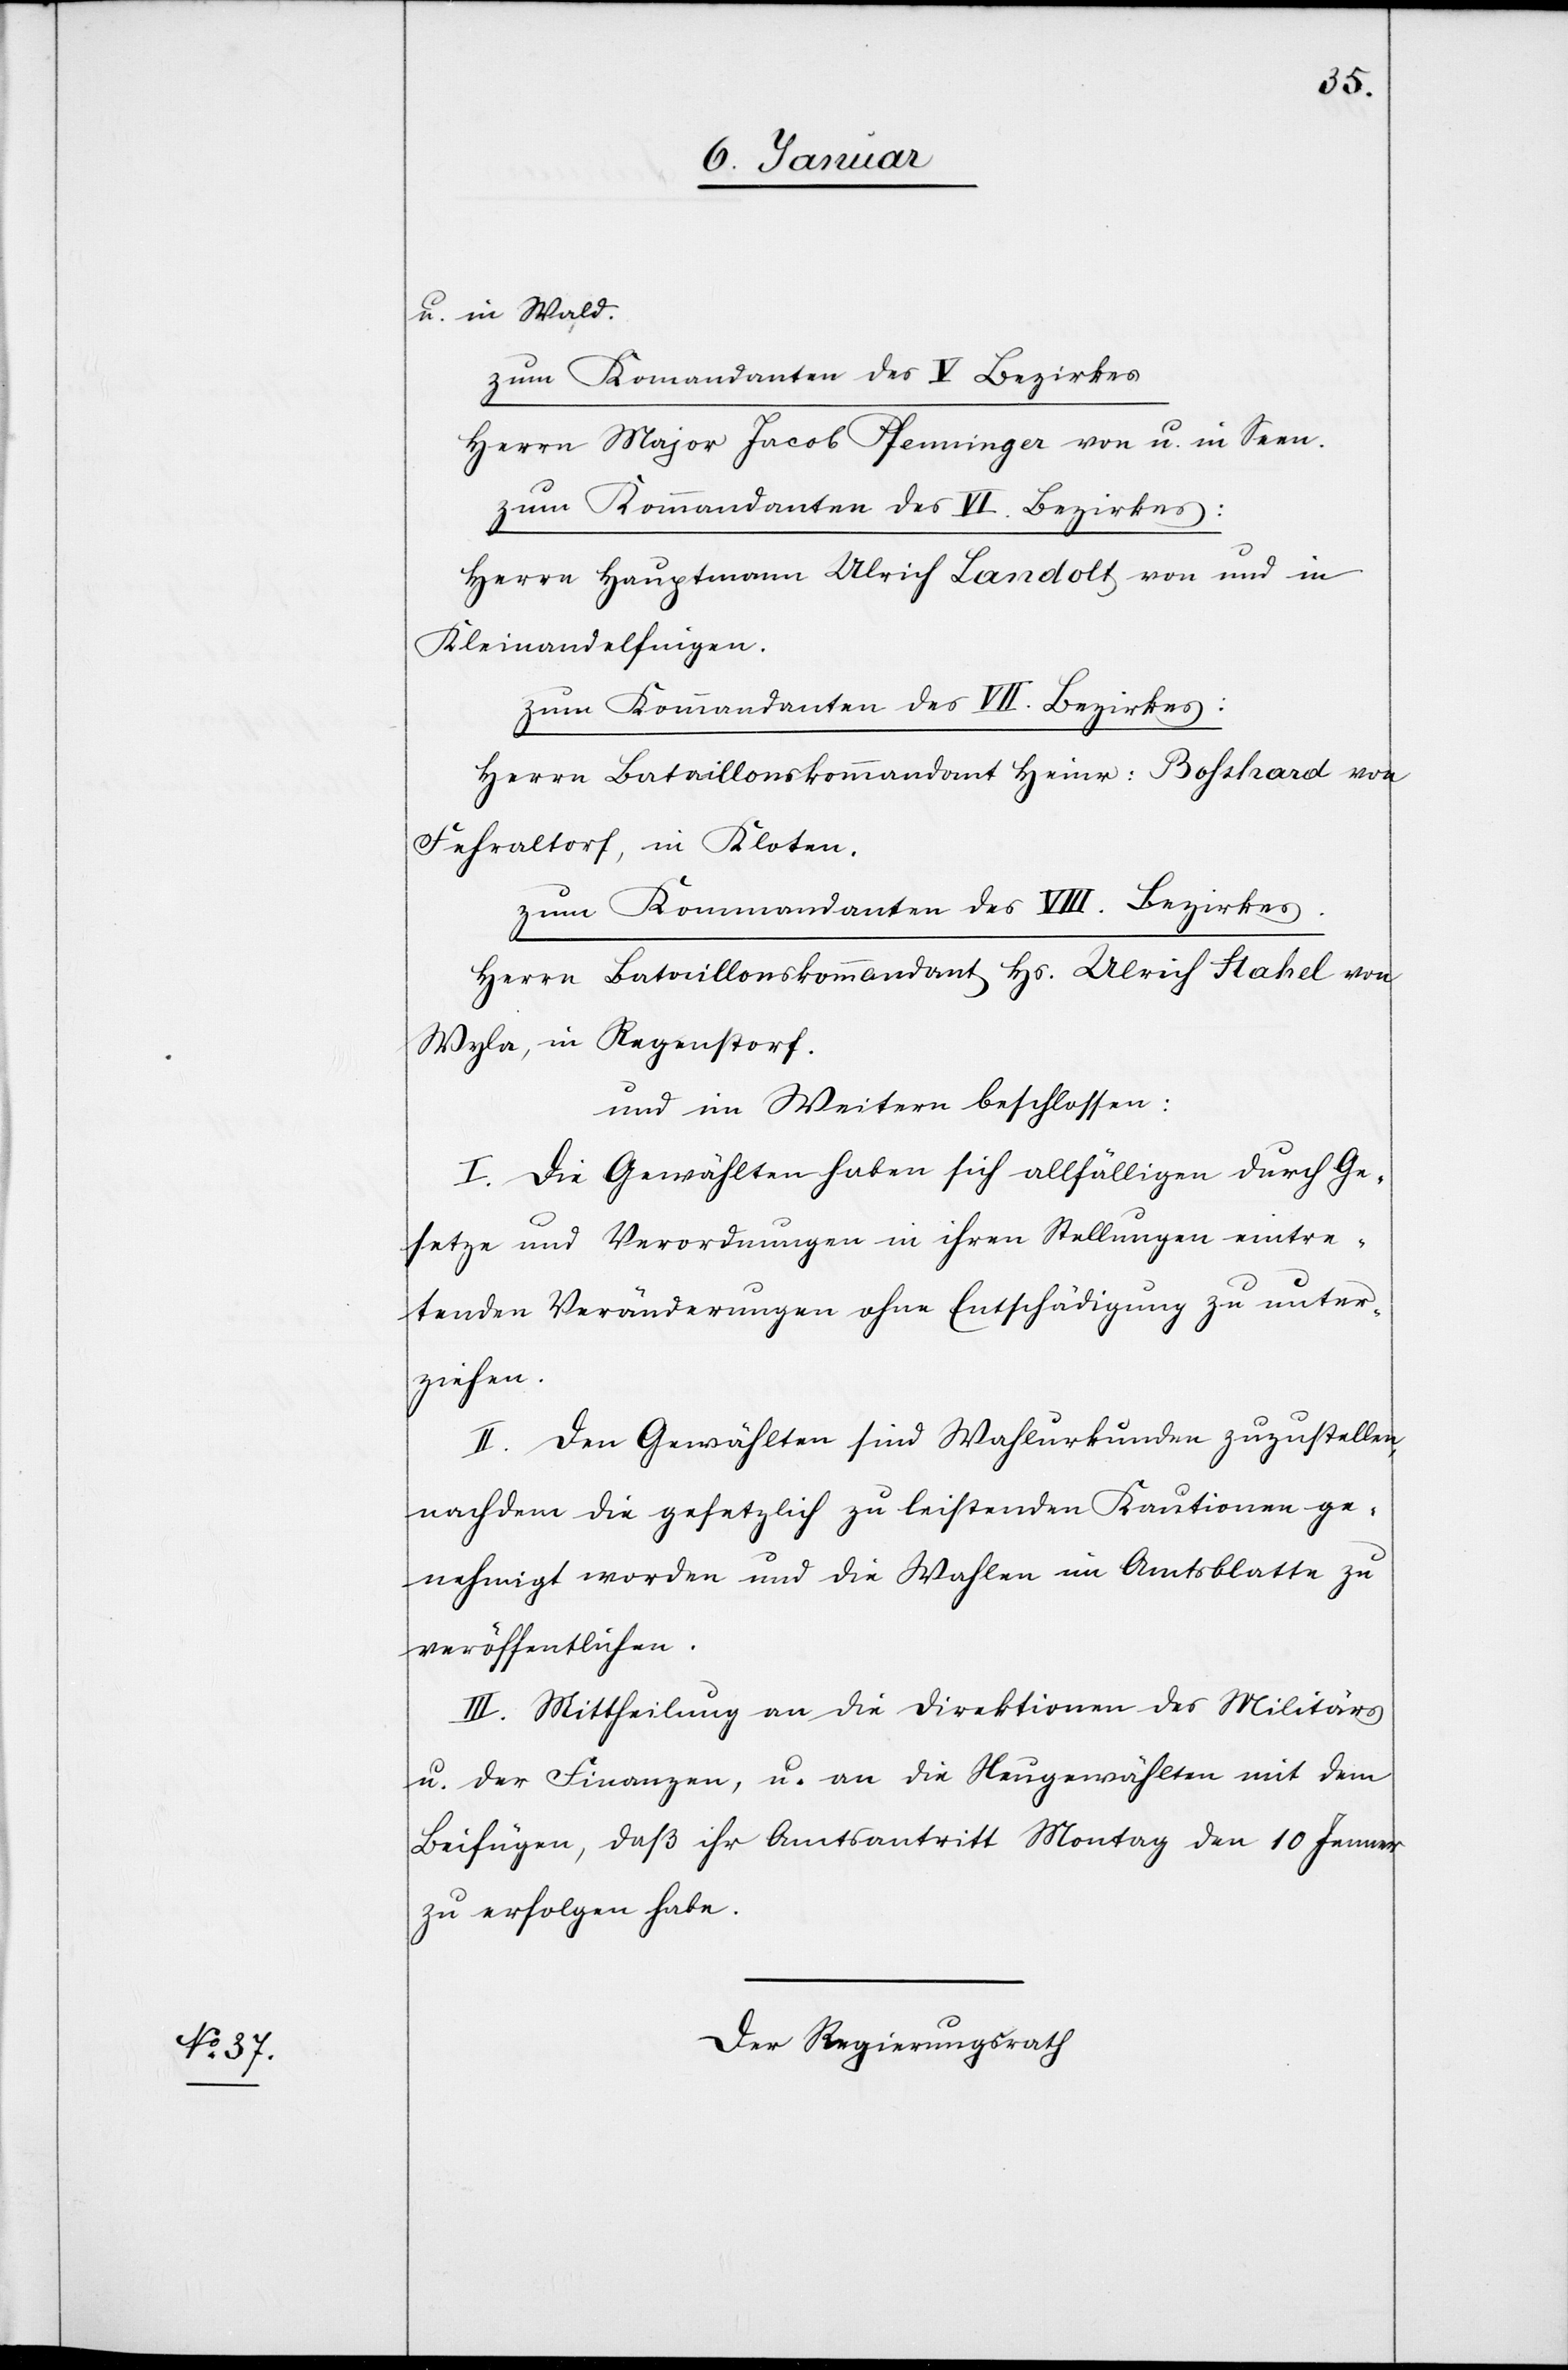
u. in Wald.
zum Komandanten [sic!] des V. Bezirkes
Herrn Major Jacob Pfenninger von u. in Seen.
zum Kommandanten des VI. Bezirkes:
Herrn Hauptmann Ulrich Landolt von und in
Kleinandelfingen.
zum Kommandanten des VII. Bezirkes:
Herrn Bataillonskommandant Heinr: Bosshard von
Fehraltorf, in Kloten.
zum Kommandanten des VIII. Bezirkes.
Herrn Bataillonskommandant Hs. Ulrich Stahel von
Wyla, in Regenstorf.
und im Weitern beschlossen:
I. Die Gewählten haben sich allfälligen durch Ge¬
setze und Verordnungen in ihren Stellungen eintre¬
tenden Veränderungen ohne Entschädigung zu unter¬
ziehen.
II. Den Gewählten sind Wahlurkunden zuzustellen,
nachdem die gesetzlich zu leistenden Kautionen ge¬
nehmigt worden und die Wahlen im Amtsblatte zu
veröffentlichen.
III. Mittheilung an die Direktionen des Militärs
u. der Finanzen, u. an die Neugewählten mit dem
Beifügen, daß ihr Amtsantritt Montag den 10 Jenner
zu erfolgen habe.
Der Regierungsrath